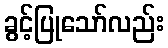
ခွင့်ပြုသော်လည်း